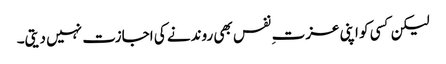
لیکن کسی کو اپنی عزت ِ نفس بھی روندنے کی اجازت نہیں دیتی۔